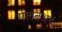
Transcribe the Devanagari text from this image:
गलतअर्थ